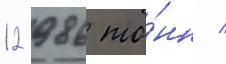
12 986 то́нн /